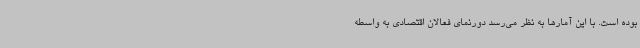
بوده است. با این آمارها به نظر می‌رسد دورنمای فعالان اقتصادی به‌ واسطه